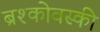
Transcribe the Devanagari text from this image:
ब्रश्कोवस्की